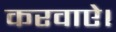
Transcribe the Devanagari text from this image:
करवाऐ।